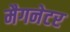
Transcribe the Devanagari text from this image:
मैगनेटर